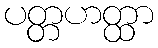
ပတ္တဟတ္ထာ